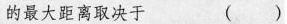
的最大距离取决于 ()